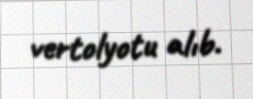
vertolyotu alıb.